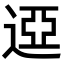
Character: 䢝